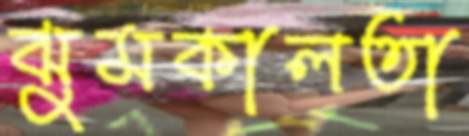
ঝুমকালতা